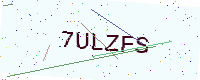
Text: 7ULZFS